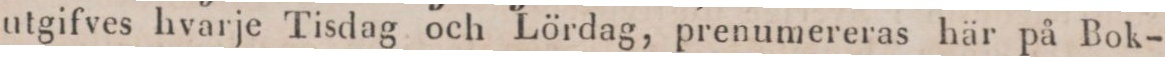
utgifves hvarje Tisdag och Lördag, prenumereras här på Bok-